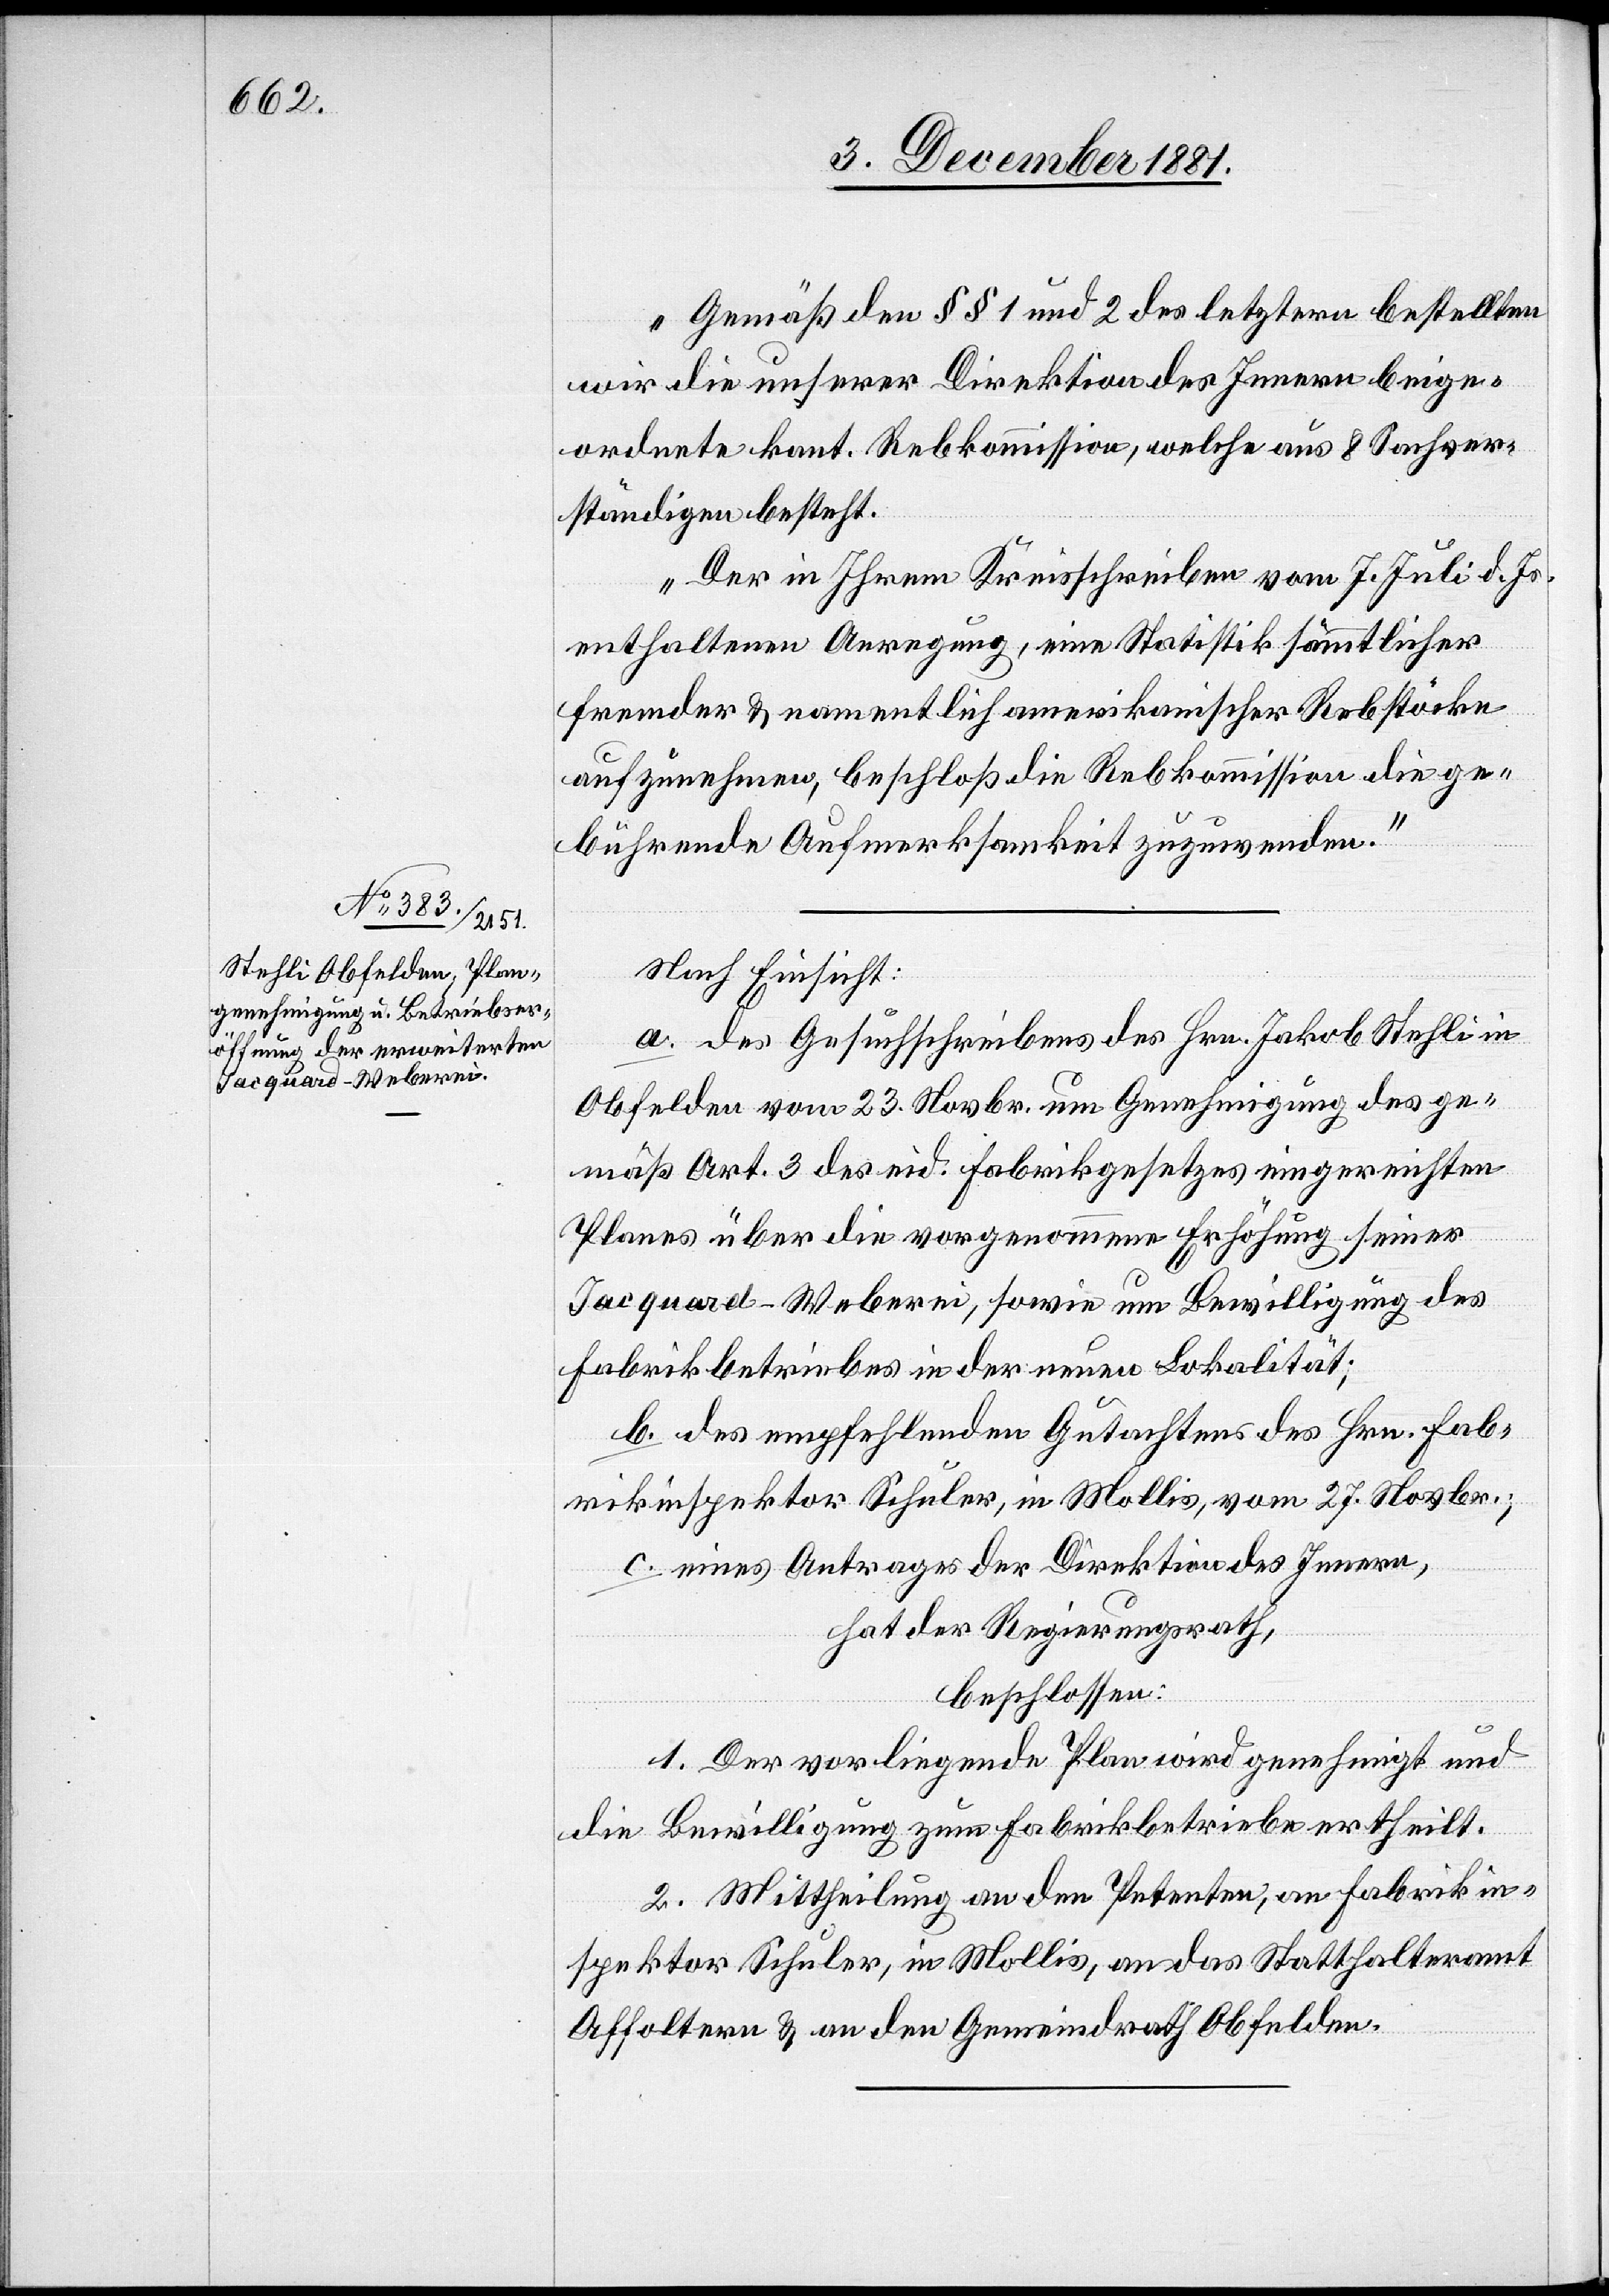
Gemäß den §§ 1 und 2 des letztern bestellten
wir die unserer Direktion des Innern beige¬
ordnete kant. Rebkommission, welche aus 8 Sachver¬
ständigen besteht.
Der in Ihrem Kreisschreiben vom 7. Juli d. Js.
enthaltenen Anregung, eine Statistik sämmtlicher
fremder & namentlich amerikanischer Rebstöcke
aufzunehmen, beschloß die Rebkommission die ge¬
bührenden Aufmerksamkeit zuzuwenden.“
Nach Einsicht:
a. des Gesuchschreibens des Hrn. Jakob Stehli in
Obfelden vom 23. Novbr. um Genehmigung des ge¬
mäß Art. 3 des eid. Fabrikgesetzes eingereichten
Planes über die vorgenommene Erhöhung seiner
Jacquard-Weberei, sowie um Bewilligung des
Fabrikbetriebes in der neuen Lokalität;
b. des empfehlenden Gutachtens des Hrn. Fab¬
rikinspektor Schuler, in Mollis, vom 27. Novbr.;
c. eines Antrages der Direktion des Innern,
hat der Regierungsrath,
beschlossen:
1. Der vorliegende Plan wird genehmigt und
die Bewilligung zum Fabrikbetriebe ertheilt.
2. Mittheilung an den Petenten, an Fabrikin¬
spektor Schuler, in Mollis, an das Statthalteramt
Affoltern & an den Gemeindrath Obfelden.